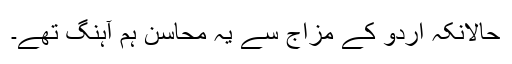
حالانکہ اردو کے مزاج سے یہ محاسن ہم آہنگ تھے۔